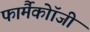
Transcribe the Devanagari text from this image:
फार्मैकोॉजी